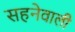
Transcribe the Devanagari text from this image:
सहनेवाली